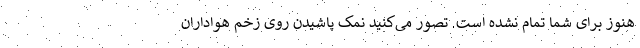
هنوز برای شما تمام نشده است. تصور می‌کنید نمک پاشیدن روی زخم هواداران